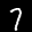
Label: 7